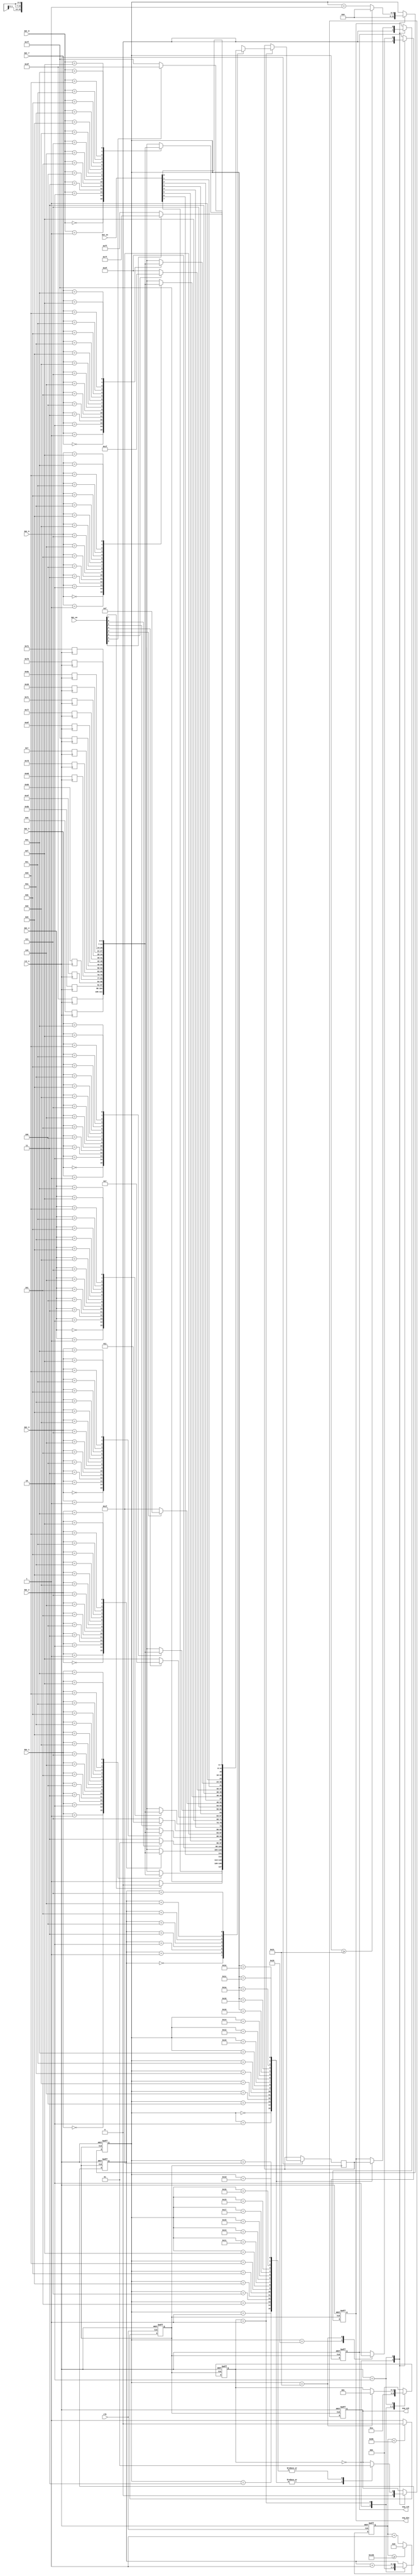
// --------------------------------------------------------------------
// >>>>>>>>>>>>>>>>>>>>>>>>> COPYRIGHT NOTICE <<<<<<<<<<<<<<<<<<<<<<<<<
// --------------------------------------------------------------------
// Module: segment_scan 
// 
// 
// Description: Display with Segment tube
// 
// Web: www.stepfpga.com
// 
// --------------------------------------------------------------------
// Code Revision History :
// --------------------------------------------------------------------
// Version: |Mod. Date:   |Changes Made:
// V1.0     |2015/11/11   |Initial ver
// --------------------------------------------------------------------
module segment_scan(
		input				clk,			// 12MHz
		input				rst_n,		// 
		input		[3:0]	dat_1,		//SEG1 
		input		[3:0]	dat_2,		//SEG2 
		input		[3:0]	dat_3,		//SEG3 
		input		[3:0]	dat_4,		//SEG4 
		input		[3:0]	dat_5,		//SEG5 
		input		[3:0]	dat_6,		//SEG6 
		input		[3:0]	dat_7,		//SEG7 
		input		[3:0]	dat_8,		//SEG8 
		input		[7:0]	dat_en,		//[MSB~LSB]=[SEG1~SEG8]
		input		[7:0]	dot_en,		//[MSB~LSB]=[SEG1~SEG8]
		output	reg	seg_rck,		//74HC595RCK
		output	reg	seg_sck,		//74HC595SCK
		output	reg	seg_din		//74HC595SER
	);

localparam	CNT_40KHz = 300;	//

localparam	IDLE	=	3'd0;
localparam	MAIN	=	3'd1;
localparam	WRITE	=	3'd2;
localparam	LOW		=	1'b0;
localparam	HIGH	=	1'b1;

//
//[MSB~LSB]={G,F,E,D,C,B,A}
reg[6:0] seg [15:0]; 
always @(negedge rst_n) begin
    seg[0]	=	7'h3f;   // 0
    seg[1]	=	7'h06;   // 1
    seg[2]	=	7'h5b;   // 2
    seg[3]	=	7'h4f;   // 3
    seg[4]	=	7'h66;   // 4
    seg[5]	=	7'h6d;   // 5
    seg[6]	=	7'h7d;   // 6
    seg[7]	=	7'h07;   // 7
    seg[8]	=	7'h7f;   // 8
    seg[9]	=	7'h6f;   // 9
	 seg[10]	=	7'h77;   // A
    seg[11]	=	7'h7c;   // b
    seg[12]	=	7'h39;   // C
    seg[13]	=	7'h5e;   // d
    seg[14]	=	7'h79;   // E
    seg[15]	=	7'h71;   // F
end 
	
//
reg [9:0] cnt = 1'b0;
always@(posedge clk or negedge rst_n) begin
	if(!rst_n) cnt <= 1'b0;
	else if(cnt>=(CNT_40KHz-1)) cnt <= 1'b0;
	else cnt <= cnt + 1'b1;
end

//
reg clk_40khz = 1'b0; 
always@(posedge clk or negedge rst_n) begin
	if(!rst_n) clk_40khz <= 1'b0;
	else if(cnt<(CNT_40KHz>>1)) clk_40khz <= 1'b0;
	else clk_40khz <= 1'b1;
end

//74HC595
reg		[15:0]		data;
reg		[2:0]		cnt_main;
reg		[5:0]		cnt_write;
reg		[2:0] 		state = IDLE;
always@(posedge clk_40khz or negedge rst_n) begin
	if(!rst_n) begin	//
		state <= IDLE;
		cnt_main <= 3'd0; cnt_write <= 6'd0;
		seg_din <= 1'b0; seg_sck <= LOW; seg_rck <= LOW;
	end else begin
		case(state)
			IDLE:begin	//IDLE
					state <= MAIN;
					cnt_main <= 3'd0; cnt_write <= 6'd0;
					seg_din <= 1'b0; seg_sck <= LOW; seg_rck <= LOW;
				end
			MAIN:begin
					cnt_main <= cnt_main + 1'b1;
					state <= WRITE;		//74HC595WRITE
					case(cnt_main)
						//8
						//data          [15:8]         [7:0]
						3'd0: data <= {{dot_en[7],seg[dat_1]},dat_en[7]?8'hfe:8'hff};
						3'd1: data <= {{dot_en[6],seg[dat_2]},dat_en[6]?8'hfd:8'hff}; 
						3'd2: data <= {{dot_en[5],seg[dat_3]},dat_en[5]?8'hfb:8'hff}; 
						3'd3: data <= {{dot_en[4],seg[dat_4]},dat_en[4]?8'hf7:8'hff}; 
						3'd4: data <= {{dot_en[3],seg[dat_5]},dat_en[3]?8'hef:8'hff};
						3'd5: data <= {{dot_en[2],seg[dat_6]},dat_en[2]?8'hdf:8'hff}; 
						3'd6: data <= {{dot_en[1],seg[dat_7]},dat_en[1]?8'hbf:8'hff}; 
						3'd7: data <= {{dot_en[0],seg[dat_8]},dat_en[0]?8'h7f:8'hff}; 
						default: data <= {8'h00,8'hff};
					endcase
				end
			WRITE:begin
					if(cnt_write >= 6'd33) cnt_write <= 1'b0;
					else cnt_write <= cnt_write + 1'b1;
					case(cnt_write)
						//74HC59538
						//74HC59574HC595
						6'd0:  begin seg_sck <= LOW; seg_din <= data[15]; end		//SCKSER
						6'd1:  begin seg_sck <= HIGH; end							//SCKSER
						6'd2:  begin seg_sck <= LOW; seg_din <= data[14]; end
						6'd3:  begin seg_sck <= HIGH; end
						6'd4:  begin seg_sck <= LOW; seg_din <= data[13]; end
						6'd5:  begin seg_sck <= HIGH; end
						6'd6:  begin seg_sck <= LOW; seg_din <= data[12]; end
						6'd7:  begin seg_sck <= HIGH; end
						6'd8:  begin seg_sck <= LOW; seg_din <= data[11]; end
						6'd9:  begin seg_sck <= HIGH; end
						6'd10: begin seg_sck <= LOW; seg_din <= data[10]; end
						6'd11: begin seg_sck <= HIGH; end
						6'd12: begin seg_sck <= LOW; seg_din <= data[9]; end
						6'd13: begin seg_sck <= HIGH; end
						6'd14: begin seg_sck <= LOW; seg_din <= data[8]; end
						6'd15: begin seg_sck <= HIGH; end
						6'd16: begin seg_sck <= LOW; seg_din <= data[7]; end
						6'd17: begin seg_sck <= HIGH; end
						6'd18: begin seg_sck <= LOW; seg_din <= data[6]; end
						6'd19: begin seg_sck <= HIGH; end
						6'd20: begin seg_sck <= LOW; seg_din <= data[5]; end
						6'd21: begin seg_sck <= HIGH; end
						6'd22: begin seg_sck <= LOW; seg_din <= data[4]; end
						6'd23: begin seg_sck <= HIGH; end
						6'd24: begin seg_sck <= LOW; seg_din <= data[3]; end
						6'd25: begin seg_sck <= HIGH; end
						6'd26: begin seg_sck <= LOW; seg_din <= data[2]; end
						6'd27: begin seg_sck <= HIGH; end
						6'd28: begin seg_sck <= LOW; seg_din <= data[1]; end
						6'd29: begin seg_sck <= HIGH; end
						6'd30: begin seg_sck <= LOW; seg_din <= data[0]; end
						6'd31: begin seg_sck <= HIGH; end
						6'd32: begin seg_rck <= HIGH; end								//16RCK
						6'd33: begin seg_rck <= LOW; state <= MAIN; end
						default: ;
					endcase
				end
			default: state <= IDLE;
		endcase
	end
end

endmodule